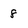
Character: 8